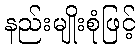
နည်းမျိုးစုံဖြင့်